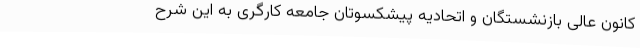
کانون عالی بازنشستگان و اتحادیه پیشکسوتان جامعه کارگری به این شرح